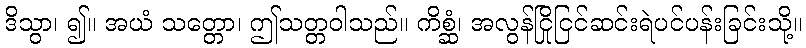
ဒိသွာ၊ ၍။ အယံ သတ္တော၊ ဤသတ္တဝါသည်။ ကိစ္ဆံ၊ အလွန်ငြိုငြင်ဆင်းရဲပင်ပန်းခြင်းသို့။